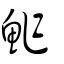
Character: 鮓